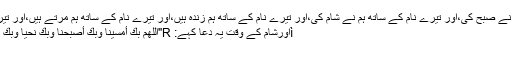
تیرے نام کے ساتھ ہم نے صبح کی،اور تیرے نام کے ساتھ ہم نے شام کی،اور تیرے نام کے ساتھ ہم زندہ ہیں،اور تیرے نام کے ساتھ ہم مرتے ہیں،اور تیری طرف ہی لوٹناہے"
ìاورشام کے وقت یہ دعا کہے: R"اللَّهُمَّ بك أمسَيْنا وبِكَ أصبحنا وبِكَ نحيا وبِكَ نموتُ وَإِليكَ المصيرُ" .
"اے اللہ!